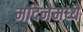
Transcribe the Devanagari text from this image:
मदिनेमध्ये